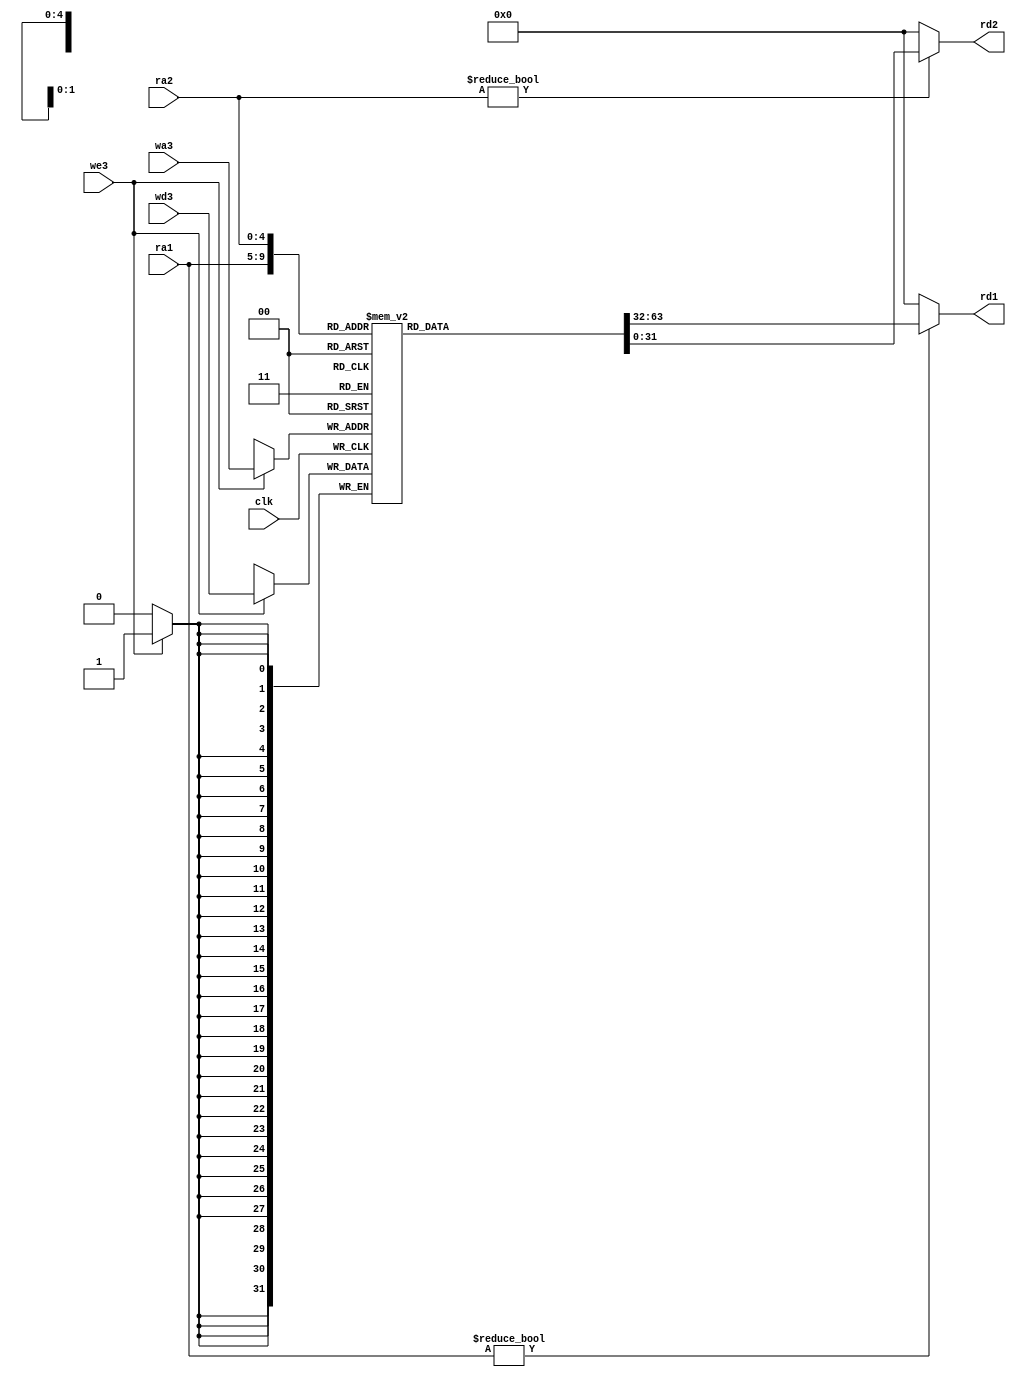
`timescale 1ns / 1ps
//////////////////////////////////////////////////////////////////////////////////
// Company: 
// Engineer: 
// 
// Design Name: 
// Module Name: regfile
// Project Name: 
// Target Devices: 
// Tool Versions: 
// Description: 
// 
// Dependencies: 
// 
// Revision:
// Revision 0.01 - File Created
// Additional Comments:
// 
//////////////////////////////////////////////////////////////////////////////////

module regfile (input clk,
input we3,
input [4:0] ra1, ra2, wa3,
input [31:0] wd3,
output [31:0] rd1, rd2);
reg [31:0] rf[31:0];
// three ported register file
// read two ports combinationally
// write third port on rising edge of clock
// register 0 hardwired to 0
always @ (posedge clk)
if (we3) rf[wa3] <= wd3;
assign rd1 = (ra1 != 0) ? rf[ra1] : 0;
assign rd2 = (ra2 != 0) ? rf[ra2] : 0;
endmodule